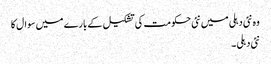
وہ نئی دہلی میں نئی حکومت کی تشکیل کے بارے میں سوال کا
نئی دہلی ۔